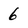
Character: 6